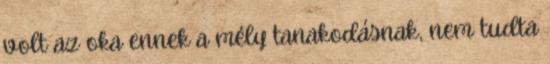
volt az oka ennek a mély tanakodásnak, nem tudta